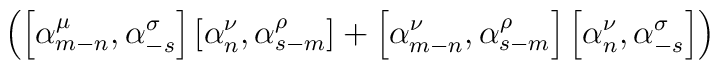
\left( \left[ {\alpha}_{m-n}^{\mu}, {\alpha}_{-s}^{\sigma} \right]\left[ {\alpha}_n^{\nu}, {\alpha}_{s-m}^{\rho} \right] +\left[ {\alpha}_{m-n}^{\nu}, {\alpha}_{s-m}^{\rho} \right]\left[ {\alpha}_n^{\nu}, {\alpha}_{-s}^{\sigma} \right] \right)